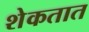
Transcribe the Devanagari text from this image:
शेकतात